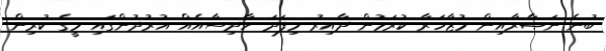
ބުނެ ނަޞާރާއިން މުޒާހަރާ ކުރަމުން ދާއިރު މިފަދަ ހާދިސާއެއް އުރުދުންގައި މީގެ ކުރިން